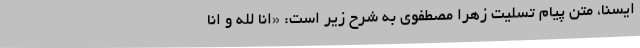
ایسنا،‌ متن پیام تسلیت زهرا مصطفوی به شرح زیر است: «انا لله و انا